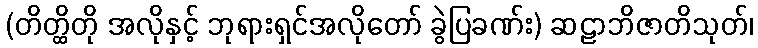
(တိတ္ထိတို အလိုနှင့် ဘုရားရှင်အလိုတော် ခွဲပြခဏ်း) ဆဠာဘိဇာတိသုတ်၊